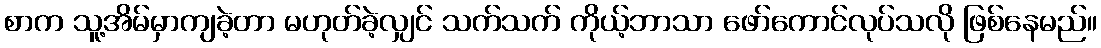
စာက သူ့အိမ်မှာကျခဲ့တာ မဟုတ်ခဲ့လျှင် သက်သက် ကိုယ့်ဘာသာ ဖော်ကောင်လုပ်သလို ဖြစ်နေမည်။